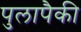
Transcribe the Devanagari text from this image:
पुलापैकी